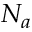
N _ { a }